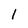
Character: 1